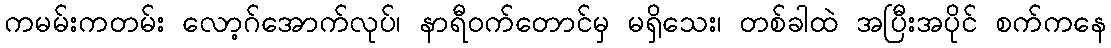
ကမမ်းကတမ်း လော့ဂ်အောက်လုပ်၊ နာရီဝက်တောင်မှ မရှိသေး၊ တစ်ခါထဲ အပြီးအပိုင် စက်ကနေ